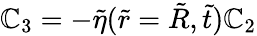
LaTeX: \mathbb{C}_{3}=-\tilde{{\eta}}(\tilde{{r}}=\tilde{{R}},\tilde{{t}})\mathbb{C}_{2}